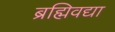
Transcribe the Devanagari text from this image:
ब्रह्मिवद्या